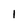
Character: 1